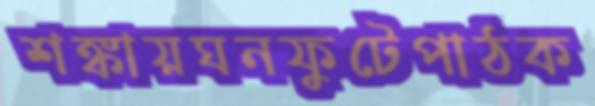
শঙ্কায়ঘনফুটেপাঠক